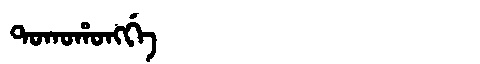
Manchu: ᡨᠣᡴᠣᡥᠣᠩᡤᡝ
Romanization: TOKOHONGGE